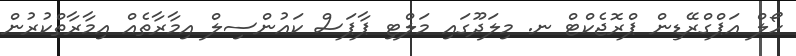
ހޯލް އަޕްގްރޭޑިން ޕްރޮޖެކްޓް ނ. މިލަދޫގައި މަލްޓި ޕާޕަސް ކައުންސިލް އިމާރާތެއް އިމާރާތްކުރުން